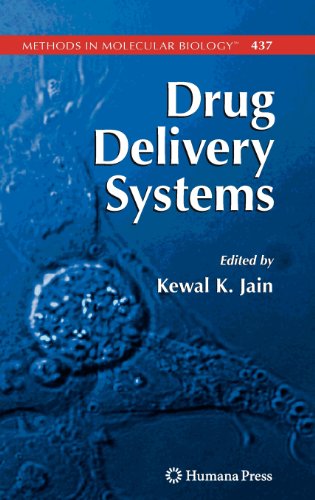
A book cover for Drug Delivery Systems (Methods in Molecular Biology); Medical Books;